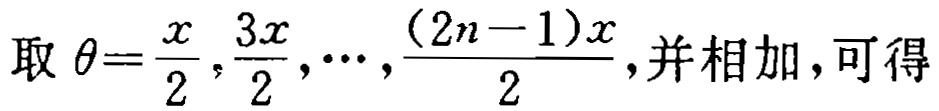
取 $\theta=\frac{x}{2},\frac{3x}{2},\cdots,\frac{(2n - 1)x}{2}$,并相加,可得